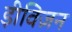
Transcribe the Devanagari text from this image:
ड़ीविज़न